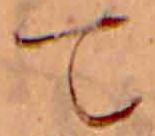
て